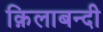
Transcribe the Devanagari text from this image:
क़िलाबन्दी